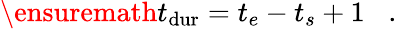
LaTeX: \ensuremath{t_{\mathrm{dur}}}=t_{e}-t_{s}+1\; \; \; .